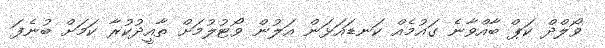
ވޯލްދް ކަޕް ބާއްވާނެ ގައުމެއް ކަނޑައަޅަން އަލުން ވޯޓުލުމަށް ތާއީދުކުރާ ކަމަށް ބުނެފަ